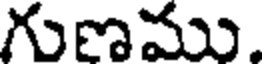
గుణము.